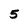
Character: 5